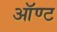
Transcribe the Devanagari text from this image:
ऑण्ट